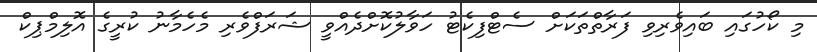
މި ކޯހުގައި ބައިވެރިވި ފަރާތްތަކަށް ސެޓްފިކެޓު ހަވާލުކޮށްދެއްވީ ޝަރަފްވެރި މެހެމާނު ކުރީގެ އޮލިމްޕިކް